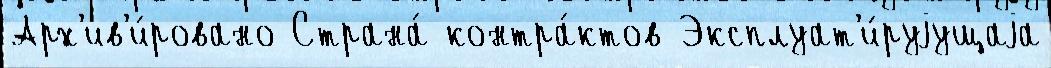
Арх'ив'и́ровано Страна́ контра́ктов Эксплуат'и́руjущаjа